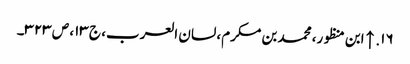
۱۶. ↑ ابن منظور، محمد بن مکرم، لسان العرب، ج ۱۳، ص ۳۲۳۔